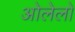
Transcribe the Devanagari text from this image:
ओलेलो